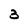
Character: 3